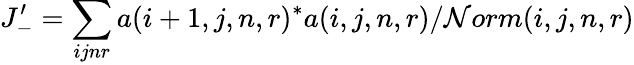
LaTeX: J_{-}^{\prime}=\sum_{ijnr}a(i+1,j,n,r)^{*}a(i,j,n,r)/\mathcal{N}orm(i,j,n,r)